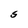
Character: S